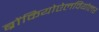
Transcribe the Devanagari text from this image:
ब्रोंकियोऐलवियोलर